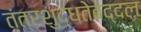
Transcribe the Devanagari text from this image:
तंत्रशुद्धतेबद्दल